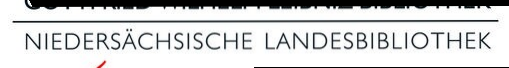
NIEDERSÄCHSISCHE LANDESBIBLIOTHEK